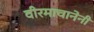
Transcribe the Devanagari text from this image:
वीरमाचानेनी